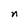
Character: n